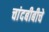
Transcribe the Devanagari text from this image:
चांदबीबीचे